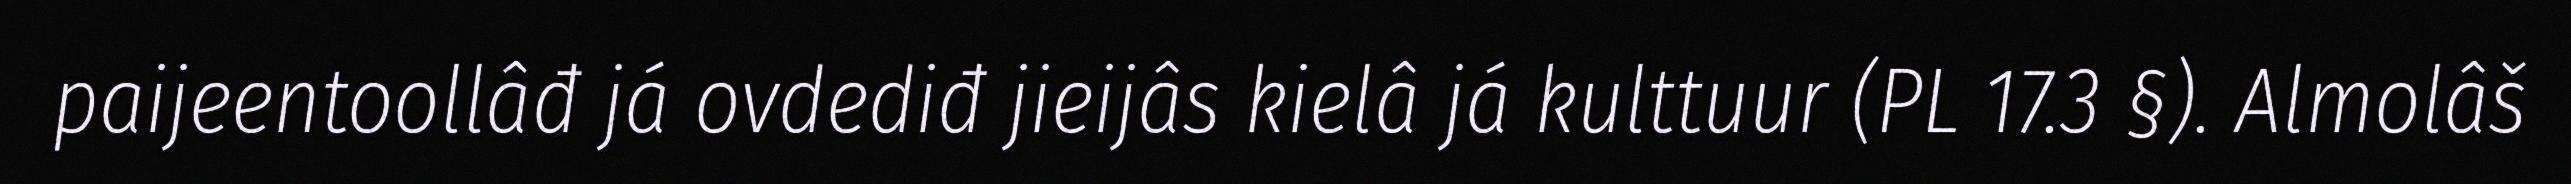
paijeentoollâđ já ovdediđ jieijâs kielâ já kulttuur (PL 17.3 §). Almolâš